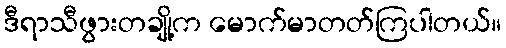
ဒီရာသီဖွားတချို့က မောက်မာတတ်ကြပါတယ်။